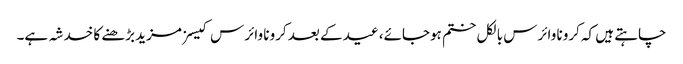
چاہتے ہیں کہ کرونا وائرس بالکل ختم ہوجائے، عید کے بعد کرونا وائرس کیسز مزید بڑھنے کا خدشہ ہے۔